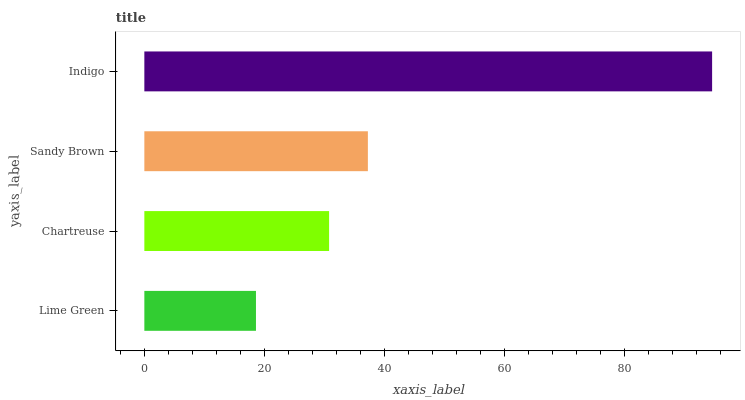
| yaxis_label | bars |
 | --- | --- |
 | Lime Green | 18.6 |
 | Chartreuse | 30.8 |
 | Sandy Brown | 37.3 |
 | Indigo | 94.6 |